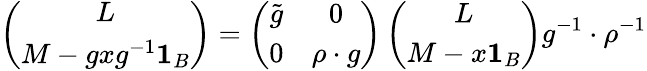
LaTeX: \left(\begin{array}{c}{{L}}\\ {{M-gxg^{-1}{\mathbf 1}_{B}}}\end{array}\right)=\left(\begin{array}{cc}{{\tilde{g}}}&{{0}}\\ {{0}}&{{\rho\cdot g}}\end{array}\right)\left(\begin{array}{c}{{L}}\\ {{M-x{\mathbf 1}_{B}}}\end{array}\right)g^{-1}\cdot\rho^{-1}